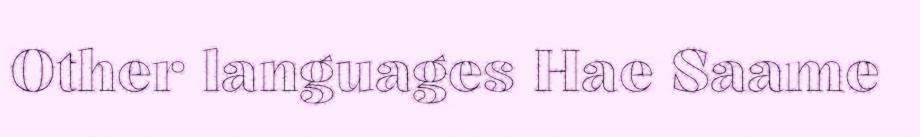
Other languages Hae Saame